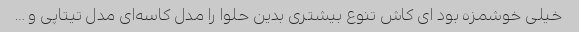
خیلی خوشمزه بود ای کاش تنوع بیشتری بدین حلوا را مدل کاسه‌ای مدل تیتاپی و …